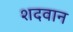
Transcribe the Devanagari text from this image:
शदवान